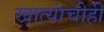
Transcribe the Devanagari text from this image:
खात्यांचीही